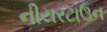
નીયરટાઉન